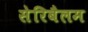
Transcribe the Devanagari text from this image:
सेरिबैलम